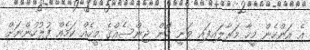
އެ އަންހެން މީހާ މަރާލައިފައި ވަނީ ކޮން ޖިންސެއްގެ މީހެއް ކަމެއް ފުލުހުންނަށް